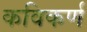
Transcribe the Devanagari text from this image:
कविकर्ण